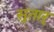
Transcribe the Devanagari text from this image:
सुतार्